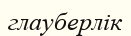
глауберлік